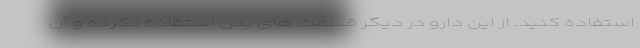
استفاده کنید. از این دارو در دیگر قسمت های بدن استفاده نکرده و آن